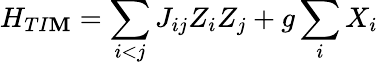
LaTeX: H_{TI\mathbf{M}}=\sum_{i<j}J_{ij}Z_{i}Z_{j}+g\sum_{i}X_{i}